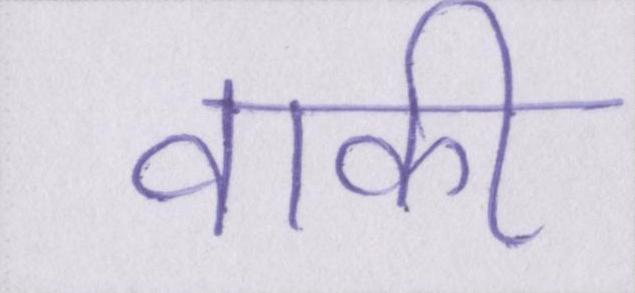
वाकी